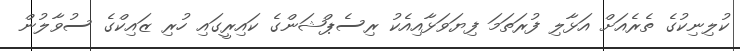
ކުލިނިކުގެ ތެރެއަށް އަޅާލި ފުރަތަމަ ފިޔަވަޅާއިއެކު ރިސެޕްޝަންގެ ކައިރީގައި ހުރި ޒައިކްގެ ސުވާލުން